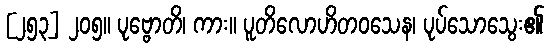
[၂၅၃] ၂၀၅။ ပုဗ္ဗောတိ၊ ကား။ ပူတိလောဟိတဝသေန၊ ပုပ်သောသွေး၏